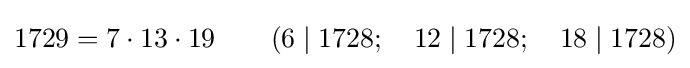
1729=7\cdot 13\cdot 19\qquad (6\mid 1728;\quad 12\mid 1728;\quad 18\mid 1728)